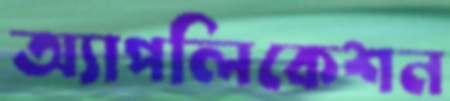
অ্যাপলিকেশন